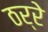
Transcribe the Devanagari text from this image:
ठर्रे